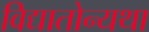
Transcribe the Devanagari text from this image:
विद्यातोन्यथा